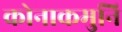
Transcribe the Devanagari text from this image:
कोनाकमुनि